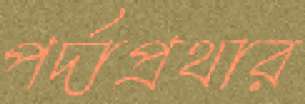
পর্দাপ্রথার